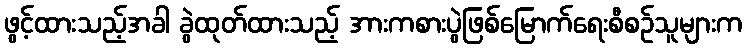
ဖွင့်ထားသည့်အခါ ခွဲထုတ်ထားသည့် အားကစားပွဲဖြစ်မြောက်ရေးစီစဉ်သူများက